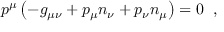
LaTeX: p ^ { \mu } \left( - g _ { \mu \nu } + p _ { \mu } n _ { \nu } + p _ { \nu } n _ { \mu } \right) = 0 \; \; ,